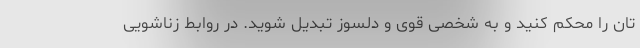
تان را محکم کنید و به شخصی قوی و دلسوز تبدیل شوید. در روابط زناشویی